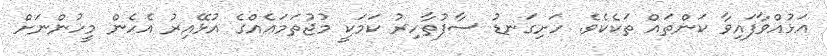
އަޅުއްވާފައިވާ ކަންތައް ތަކެކެވެ. ހަށިގަނޑު ސާފުތާހިރު ކަމަކީ މުޖުތަމަޢެއްގެ އުޅޭއިރު އެހެން މީހުންނަށް